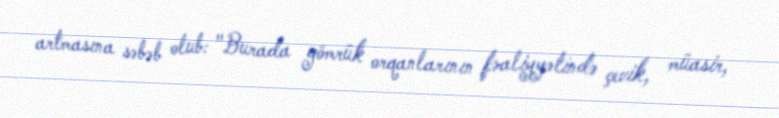
artmasına səbəb olub: "Burada gömrük orqanlarının fəaliyyətində çevik, müasir,